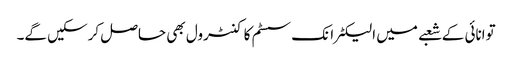
توانائی کے شعبے میں الیکٹرانک سسٹم کا کنٹرول بھی حاصل کرسکیں گے۔